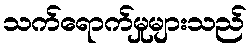
သက်ရောက်မှုများသည်